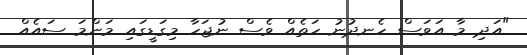
"އަދި މާ އަވަސް ހެނދުނު ހަތެއް ވެސް ނުޖަހާ މިގަޑީގައި މަންމަ ސައެއް